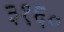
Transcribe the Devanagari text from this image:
३१६०